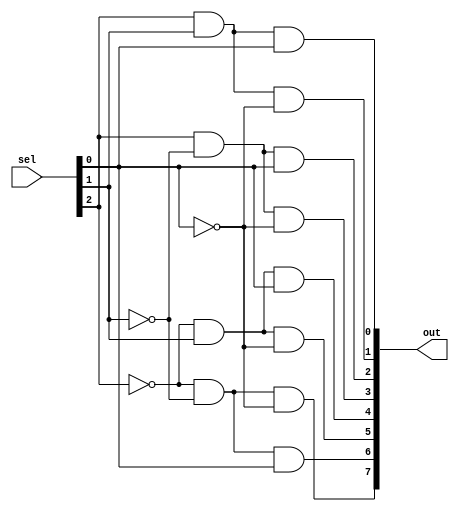
module decoder(out, sel);
	input [0:2] sel;
	output [0:7] out;
	wire [0:2] nsel;
	
	not n1(nsel[0], sel[0]);
	not n2(nsel[1], sel[1]);
	not n3(nsel[2], sel[2]);
	
	and a1(out[0], nsel[0], nsel[1], nsel[2]);
	and a2(out[1], nsel[0], nsel[1], sel[2]);
	and a2(out[2], nsel[0], sel[1], nsel[2]);
	and a2(out[3], nsel[0], sel[1], sel[2]);
	and a2(out[4], sel[0], nsel[1], nsel[2]);
	and a2(out[5], sel[0], nsel[1], sel[2]);
	and a2(out[6], sel[0], sel[1], nsel[2]);
	and a2(out[7], sel[0], sel[1], sel[2]);
	
endmodule